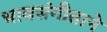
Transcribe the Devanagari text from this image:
भावसंगीताने